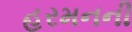
હરમનની